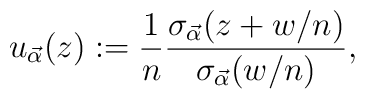
u_{\vec{\alpha }}(z):=\frac{1}{n}\frac{\sigma_{\vec{\alpha }}(z+w/n)}{\sigma_{\vec{\alpha }}(w/n)},